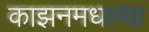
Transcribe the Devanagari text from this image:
काझनमधल्या